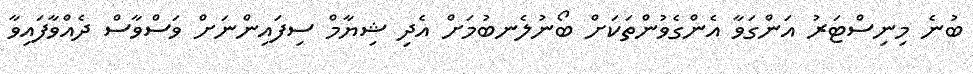
ބުނެ މިނިސްޓަރު އަންގަވާ އެންގެވުންތަކަށް ބޯނުލެނބުމަށް އެދި ޝިޔާމް ސިފައިންނަށް ވަސްވާސް ދެއްވާފައިވާ